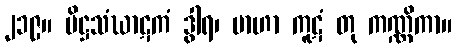
၂၁၉။ ပိဋ္ဌသံဃာဋကံ ဒွါရ၊ ဗာဟာ ကူဋံ တု ကဏ္ဏိကာ။